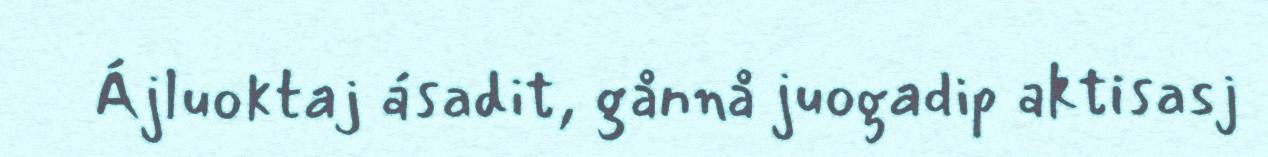
Ájluoktaj ásadit, gånnå juogadip aktisasj